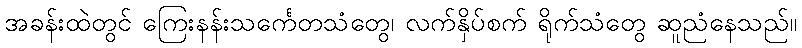
အခန်းထဲတွင် ကြေးနန်းသင်္ကေတသံတွေ၊ လက်နှိပ်စက် ရိုက်သံတွေ ဆူညံနေသည်။